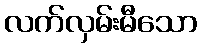
လက်လှမ်းမီသော